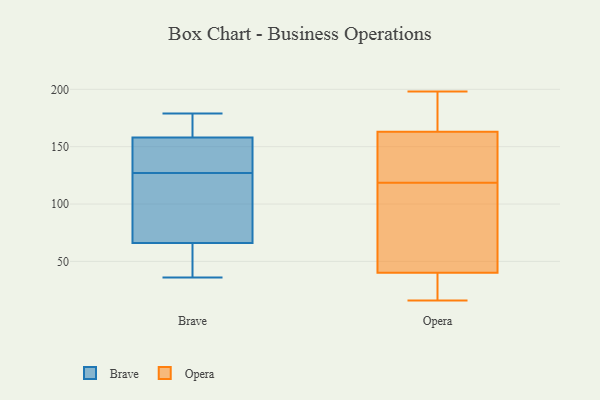
{"axis": {"x": "Active Users", "y": "Value"}, "legend": ["Brave", "Opera"], "data": [{"x": "", "y": 47, "type": "Brave"}, {"x": "", "y": 148, "type": "Brave"}, {"x": "", "y": 51, "type": "Brave"}, {"x": "", "y": 158, "type": "Brave"}, {"x": "", "y": 171, "type": "Brave"}, {"x": "", "y": 164, "type": "Brave"}, {"x": "", "y": 108, "type": "Brave"}, {"x": "", "y": 66, "type": "Brave"}, {"x": "", "y": 76, "type": "Brave"}, {"x": "", "y": 146, "type": "Brave"}, {"x": "", "y": 157, "type": "Brave"}, {"x": "", "y": 67, "type": "Brave"}, {"x": "", "y": 36, "type": "Brave"}, {"x": "", "y": 179, "type": "Brave"}, {"x": "", "y": 118, "type": "Opera"}, {"x": "", "y": 72, "type": "Opera"}, {"x": "", "y": 198, "type": "Opera"}, {"x": "", "y": 158, "type": "Opera"}, {"x": "", "y": 168, "type": "Opera"}, {"x": "", "y": 33, "type": "Opera"}, {"x": "", "y": 33, "type": "Opera"}, {"x": "", "y": 40, "type": "Opera"}, {"x": "", "y": 194, "type": "Opera"}, {"x": "", "y": 16, "type": "Opera"}, {"x": "", "y": 154, "type": "Opera"}, {"x": "", "y": 189, "type": "Opera"}, {"x": "", "y": 40, "type": "Opera"}, {"x": "", "y": 125, "type": "Opera"}, {"x": "", "y": 119, "type": "Opera"}, {"x": "", "y": 43, "type": "Opera"}]}